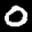
Label: 0